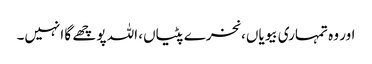
اور وہ تمہاری بیویاں، نخرے پٹیاں، اللہ پوچھے گا انہیں۔